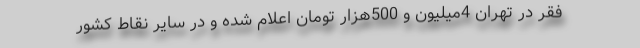
فقر در تهران 4میلیون و 500هزار تومان اعلام شده و در سایر نقاط کشور